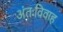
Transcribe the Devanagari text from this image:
अंतःविवाह